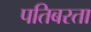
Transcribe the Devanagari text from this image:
पतिबरता